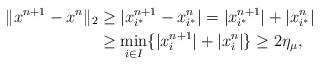
LaTeX: \begin{align*}\Vert x^{n+1}-x^{n}\Vert_{2}& \geq|x_{i^{\ast}}^{n+1}-x_{i^{\ast}}^{n}|=|x_{i^{\ast}}^{n+1}|+|x_{i^{\ast}}^{n}|\\&\geq\min_{i\in I}\{|x_{i}^{n+1}|+|x_{i}^{n}|\}\geq 2\eta_{\mu},\end{align*}